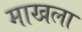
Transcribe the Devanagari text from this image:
माखला